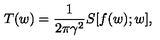
T ( w ) = \frac { 1 } { 2 \pi \gamma ^ { 2 } } S [ f ( w ) ; w ] ,